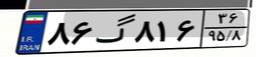
۸۶گ۸۱۶۳۶